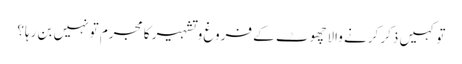
تو کہیں ذکر کرنے والاچھوٹ کے فروغ و تشہیر کا مجرم تو نہیں بن رہا؟